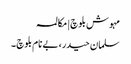
مہوش بلوچ | مکالمہ
سلمان حیدر، بے نام بلوچ ۔